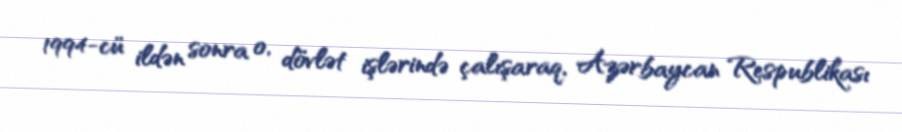
1994-cü ildən sonra o, dövlət işlərində çalışaraq, Azərbaycan Respublikası